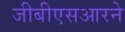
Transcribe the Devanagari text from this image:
जीबीएसआरने